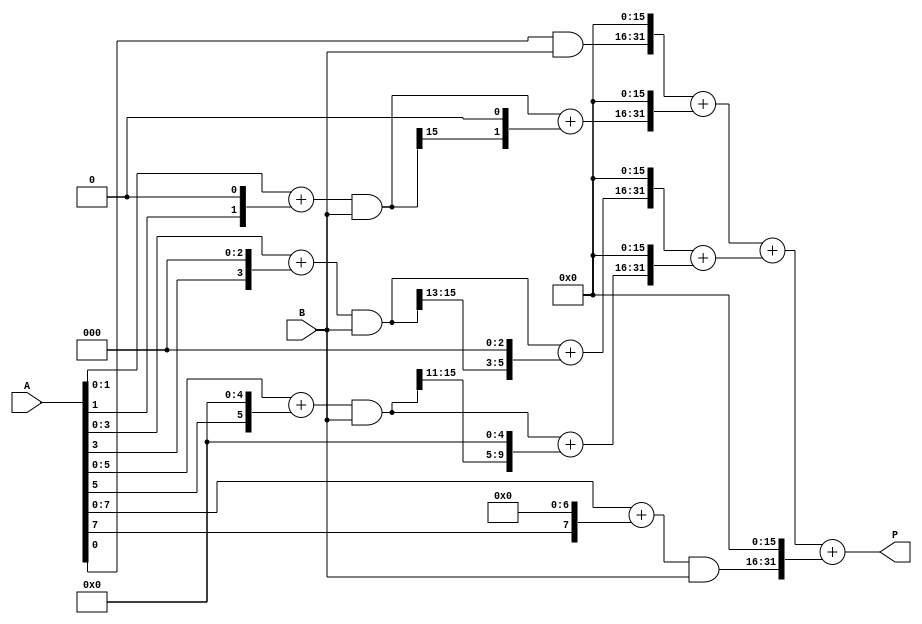
module booth_multiplier (
    input [15:0] A,
    input [15:0] B,
    output reg [31:0] P
);

// Partial Product Generation Units
reg [31:0] pp0, pp1, pp2, pp3, pp4, pp5, pp6, pp7;

always @* begin
    pp0 = A[0] & B;
    pp1 = {A[1], A[0]} + {A[1], 1'b0} & B;
    pp2 = {A[2], A[1], A[0]} + {A[2], 1'b0, 1'b0} & B;
    pp3 = {A[3], A[2], A[1], A[0]} + {A[3], 1'b0, 1'b0, 1'b0} & B;
    pp4 = {A[4], A[3], A[2], A[1], A[0]} + {A[4], 1'b0, 1'b0, 1'b0, 1'b0} & B;
    pp5 = {A[5], A[4], A[3], A[2], A[1], A[0]} + {A[5], 1'b0, 1'b0, 1'b0, 1'b0, 1'b0} & B;
    pp6 = {A[6], A[5], A[4], A[3], A[2], A[1], A[0]} + {A[6], 1'b0, 1'b0, 1'b0, 1'b0, 1'b0, 1'b0} & B;
    pp7 = {A[7], A[6], A[5], A[4], A[3], A[2], A[1], A[0]} + {A[7], 1'b0, 1'b0, 1'b0, 1'b0, 1'b0, 1'b0, 1'b0} & B;
end

// Multiplier Array
reg [31:0] m0, m1, m2, m3, m4, m5, m6, m7;

always @* begin
    m0 = pp0;
    m1 = {pp1[15], pp1} + {pp1[15], 1'b0} ;
    m2 = {pp2[15:14], pp2} + {pp2[15:14], 1'b0, 1'b0};
    m3 = {pp3[15:13], pp3} + {pp3[15:13], 1'b0, 1'b0, 1'b0};
    m4 = {pp4[15:12], pp4} + {pp4[15:12], 1'b0, 1'b0, 1'b0, 1'b0};
    m5 = {pp5[15:11], pp5} + {pp5[15:11], 1'b0, 1'b0, 1'b0, 1'b0, 1'b0};
    m6 = {pp6[15:10], pp6} + {pp6[15:10], 1'b0, 1'b0, 1'b0, 1'b0, 1'b0, 1'b0};
    m7 = {pp7[15:9], pp7} + {pp7[15:9], 1'b0, 1'b0, 1'b0, 1'b0, 1'b0, 1'b0, 1'b0};
end

// Wallace Tree Adder
reg [63:0] w0, w1, w2, w3;
reg [63:0] t0, t1, t2;
reg [63:0] p0;

always @* begin
    w0 = {m0, 16'b0};
    w1 = {m2, m1, 16'b0};
    w2 = {m4, m3, 16'b0};
    w3 = {m6, m5, 16'b0};
    
    t0 = w0 + w1;
    t1 = w2 + w3;
    t2 = t0 + t1;

    p0 = {t2[47:32], t2[31:0]};
end

// Final Product Accumulator
always @* begin
    P = p0 + {pp7, 16'b0};
end

endmodule